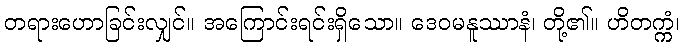
တရားဟောခြင်းလျှင်။ အကြောင်းရင်းရှိသော။ ဒေဝမနူဿာနံ၊ တို့၏။ ဟိတက္ကံ၊